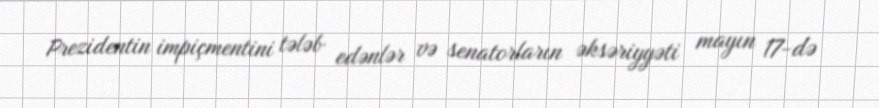
Prezidentin impiçmentini tələb edənlər və senatorların əksəriyyəti mayın 17-də